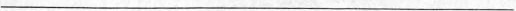
___